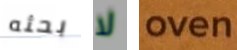
بحثه لا oven